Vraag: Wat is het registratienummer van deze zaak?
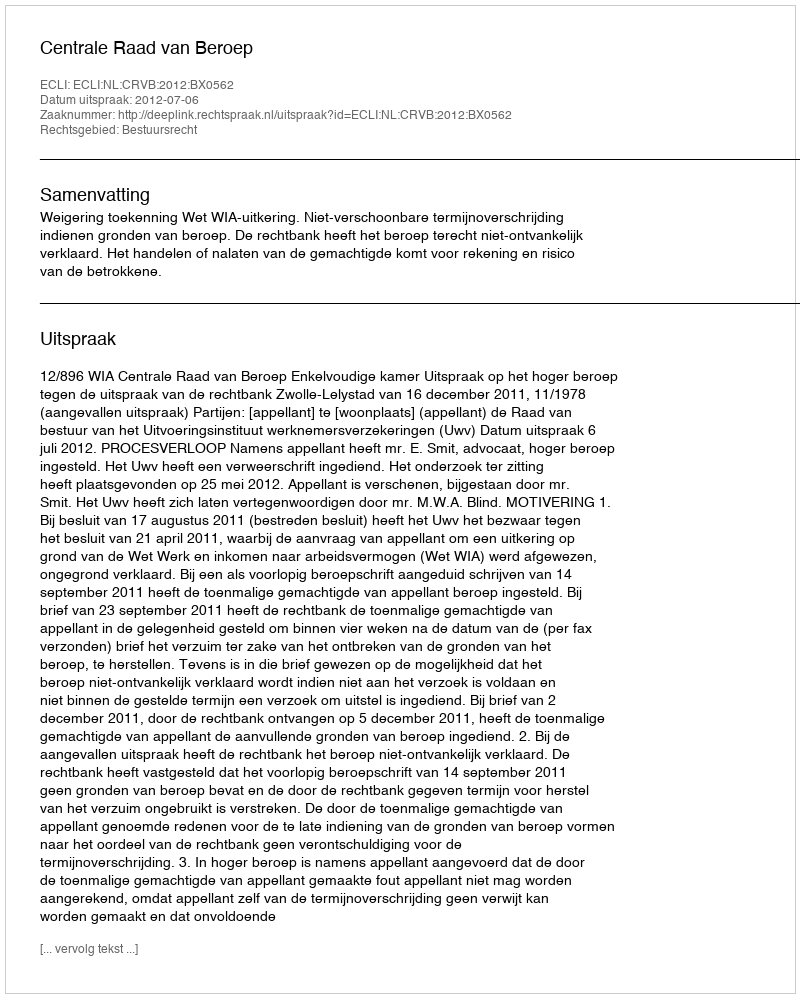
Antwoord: http://deeplink.rechtspraak.nl/uitspraak?id=ECLI:NL:CRVB:2012:BX0562